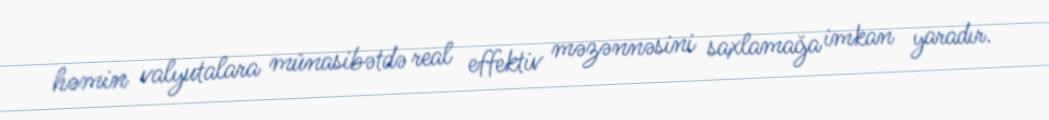
həmin valyutalara münasibətdə real effektiv məzənnəsini saxlamağa imkan yaradır.